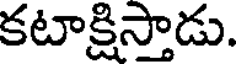
కటాక్షిస్తాడు.